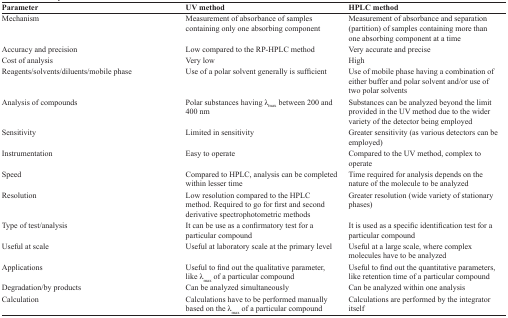
| Parameter | UV method | HPLC method |
 | --- | --- | --- |
 | Mechanism | Measurement of absorbance of samples containing only one absorbing component | Measurement of absorbance and separation (partition) of samples containing more than one absorbing component at a time |
 | Accuracy and precision | Low compared to the RP-HPLC method | Very accurate and precise |
 | Cost of analysis | Very low | High |
 | Reagents/solvents/diluents/mobile phase | Use of a polar solvent generally is sufficient | Use of mobile phase having a combination of either buffer and polar solvent and/or use of two polar solvents |
 | Analysis of compounds | Polar substances having λmax between 200 and 400 nm | Substances can be analyzed beyond the limit provided in the UV method due to the wider variety of the detector being employed |
 | Sensitivity | Limited in sensitivity | Greater sensitivity (as various detectors can be employed) |
 | Instrumentation | Easy to operate | Compared to the UV method, complex to operate |
 | Speed | Compared to HPLC, analysis can be completed within lesser time | Time required for analysis depends on the nature of the molecule to be analyzed |
 | Resolution | Low resolution compared to the HPLC method. Required to go for first and second derivative spectrophotometric methods | Greater resolution (wide variety of stationary phases) |
 | Type of test/analysis | It can be use as a confirmatory test for a particular compound | It is used as a specific identification test for a particular compound |
 | Useful at scale | Useful at laboratory scale at the primary level | Useful at a large scale, where complex molecules have to be analyzed |
 | Applications | Useful to find out the qualitative parameter, like λmax of a particular compound | Useful to find out the quantitative parameters, like retention time of a particular compound |
 | Degradation/by products | Can be analyzed simultaneously | Can be analyzed within one analysis |
 | Calculation | Calculations have to be performed manually based on the λmax of a particular compound | Calculations are performed by the integrator itself |